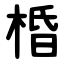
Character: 棔